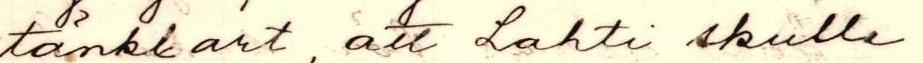
tänktbart, att Lahti skulle